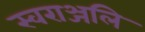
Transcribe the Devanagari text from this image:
स्वराञ्जलि